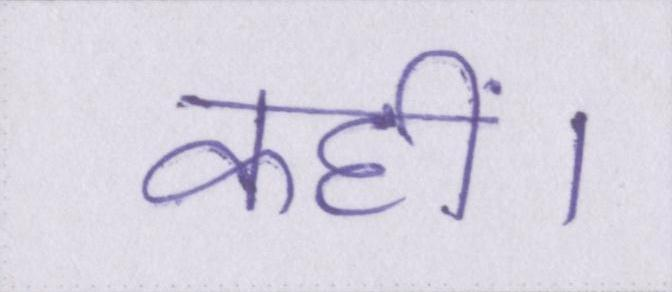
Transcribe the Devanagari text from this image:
कहीं।